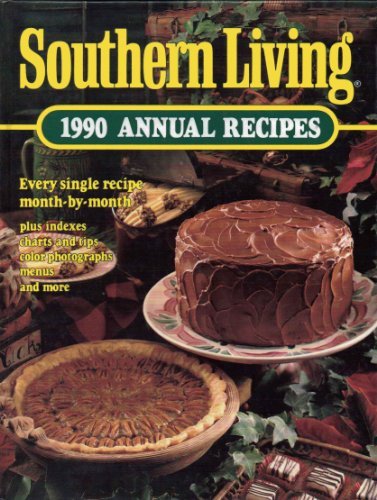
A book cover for Southern Living: 1990 Annual Recipes (Southern Living Annual Recipes); Cookbooks, Food & Wine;